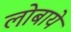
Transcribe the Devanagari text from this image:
लोबाये